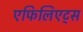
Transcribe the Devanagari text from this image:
एफिलिएट्स